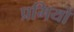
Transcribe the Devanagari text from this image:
प्रमियों